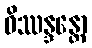
ဝိဿန္ဒန္တော